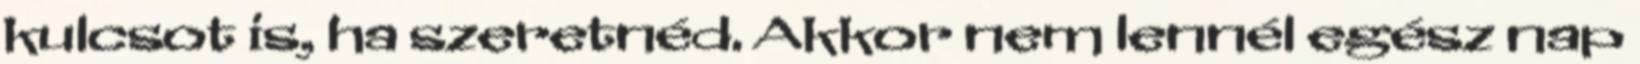
kulcsot is, ha szeretnéd. Akkor nem lennél egész nap